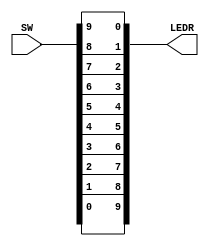
module SwLed(SW, LEDR);
input [0:9] SW;
output [9:0] LEDR;

buf U0 (LEDR[0], SW[0]); // first parameter is output signal
buf U1 (LEDR[1], SW[1]); 
buf U2 (LEDR[2], SW[2]); 
buf U3 (LEDR[3], SW[3]); 
buf U4 (LEDR[4], SW[4]); 
buf U5 (LEDR[5], SW[5]); 
buf U6 (LEDR[6], SW[6]); 
buf U7 (LEDR[7], SW[7]); 
buf U8 (LEDR[8], SW[8]); 
buf U9 (LEDR[9], SW[9]); 

endmodule